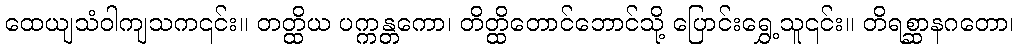
ထေယျသံဝါကျသက၎င်း။ တတ္ထိယ ပက္ကန္တကော၊ တိတ္ထိတောင်ဘောင်သို့ ပြောင်းရွှေ့သူ၎င်း။ တိရစ္ဆာနဂတော၊